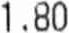
1.80